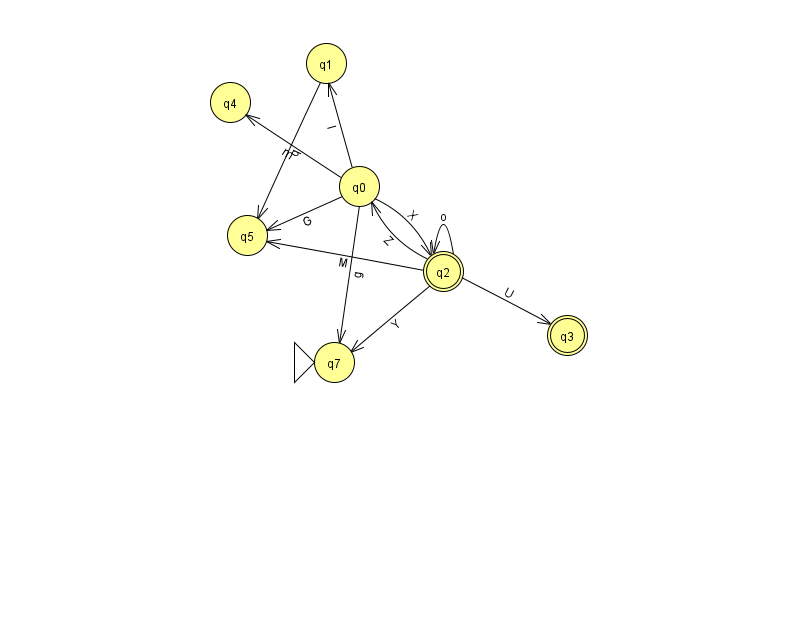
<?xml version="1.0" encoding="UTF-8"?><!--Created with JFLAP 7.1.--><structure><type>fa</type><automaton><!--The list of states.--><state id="0" name="q0"><x>359.0</x><y>173.0</y></state><state id="1" name="q1"><x>326.0</x><y>50.0</y></state><state id="2" name="q2"><x>443.0</x><y>258.0</y><final/></state><state id="3" name="q3"><x>567.0</x><y>322.0</y><final/></state><state id="4" name="q4"><x>230.0</x><y>89.0</y></state><state id="5" name="q5"><x>247.0</x><y>222.0</y></state><state id="7" name="q7"><x>334.0</x><y>349.0</y><initial/></state><!--The list of transitions.--><transition><from>1</from><to>5</to><read>q</read></transition><transition><from>2</from><to>7</to><read>Y</read></transition><transition><from>0</from><to>5</to><read>G</read></transition><transition><from>0</from><to>4</to><read>m</read></transition><transition><from>0</from><to>2</to><read>X</read></transition><transition><from>0</from><to>1</to><read>I</read></transition><transition><from>2</from><to>0</to><read>Z</read></transition><transition><from>0</from><to>7</to><read>g</read></transition><transition><from>2</from><to>5</to><read>M</read></transition><transition><from>2</from><to>2</to><read>o</read></transition><transition><from>2</from><to>3</to><read>U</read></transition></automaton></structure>